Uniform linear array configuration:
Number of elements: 48
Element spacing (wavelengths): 0.5
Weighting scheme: cosine
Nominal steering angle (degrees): -30
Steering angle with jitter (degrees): -31.79
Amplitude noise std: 0.05
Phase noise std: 0.05

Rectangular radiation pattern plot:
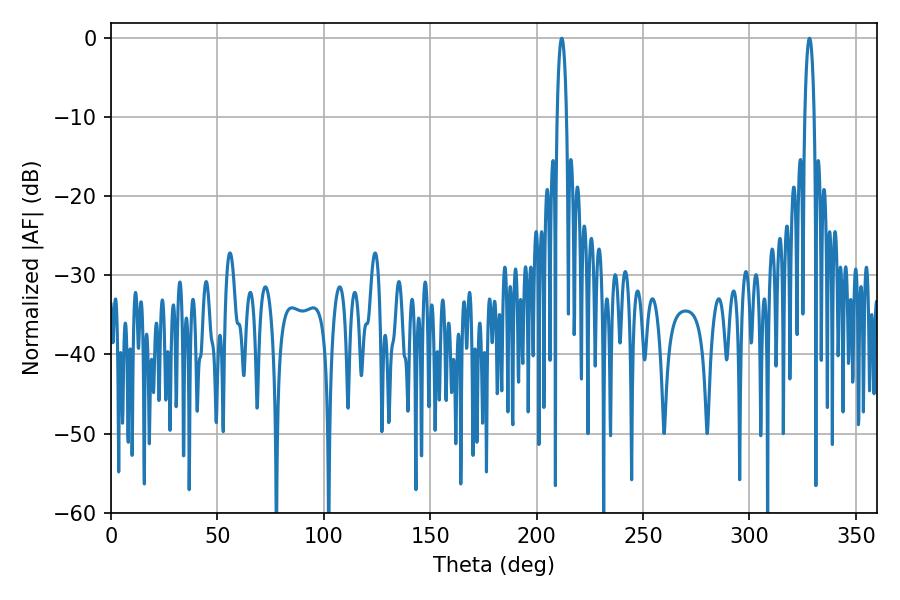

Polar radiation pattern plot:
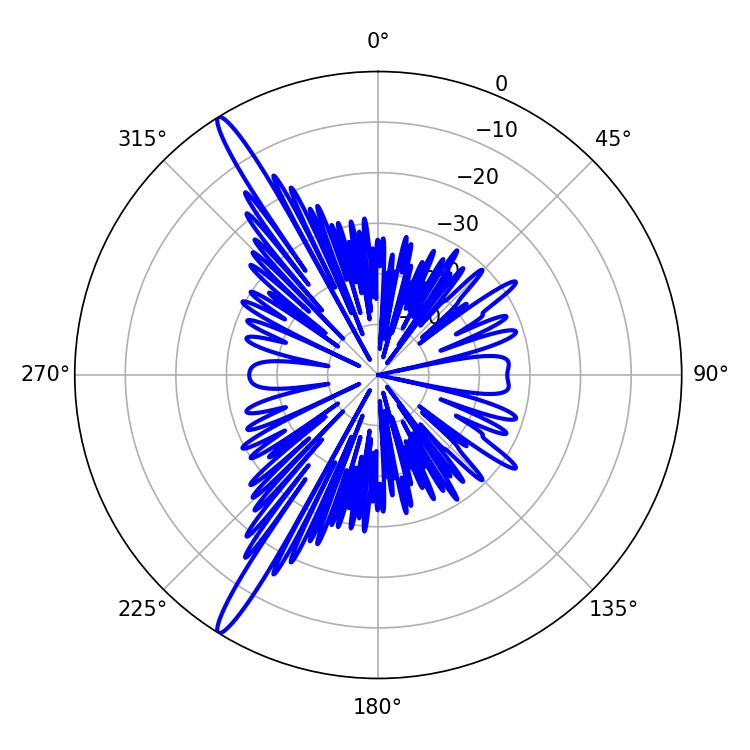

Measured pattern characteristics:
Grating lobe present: FALSE
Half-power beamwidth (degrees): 2.34
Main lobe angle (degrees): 211.86